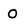
Character: 0